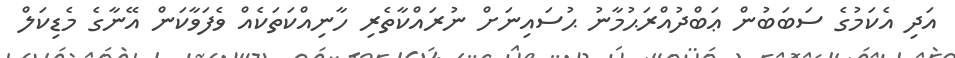
އަދި އެކަމުގެ ސަބަބުން ޢަބްދުއްރަޙުމާނު ޙުސައިނަށް ނުރައްކާތެރި ހާނިއްކަތަކެއް ވެފަވާކަން އޭނާގެ މެޑިކަލް